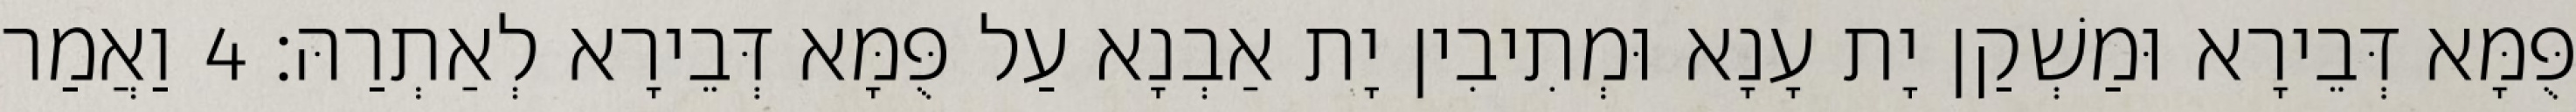
פֻּמָּא דְּבֵירָא וּמַשְׁקַן יָת עָנָא וּמְתִיבִין יָת אַבְנָא עַל פֻּמָּא דְּבֵירָא לְאַתְרַהּ׃ 4 וַאֲמַר